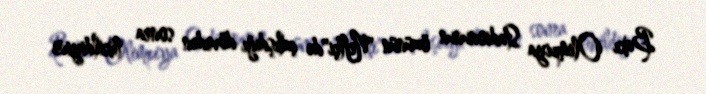
Bakı Olimpiya Stadionunun özünün "Neftçi"də çalışdığı dövrdən sonra tikildiyini